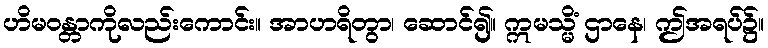
ဟိမဝန္တာကိုလည်းကောင်း။ အာဟရိတွာ၊ ဆောင်၍။ ဣမသ္မိံ ဌာနေ၊ ဤအရပ်၌။